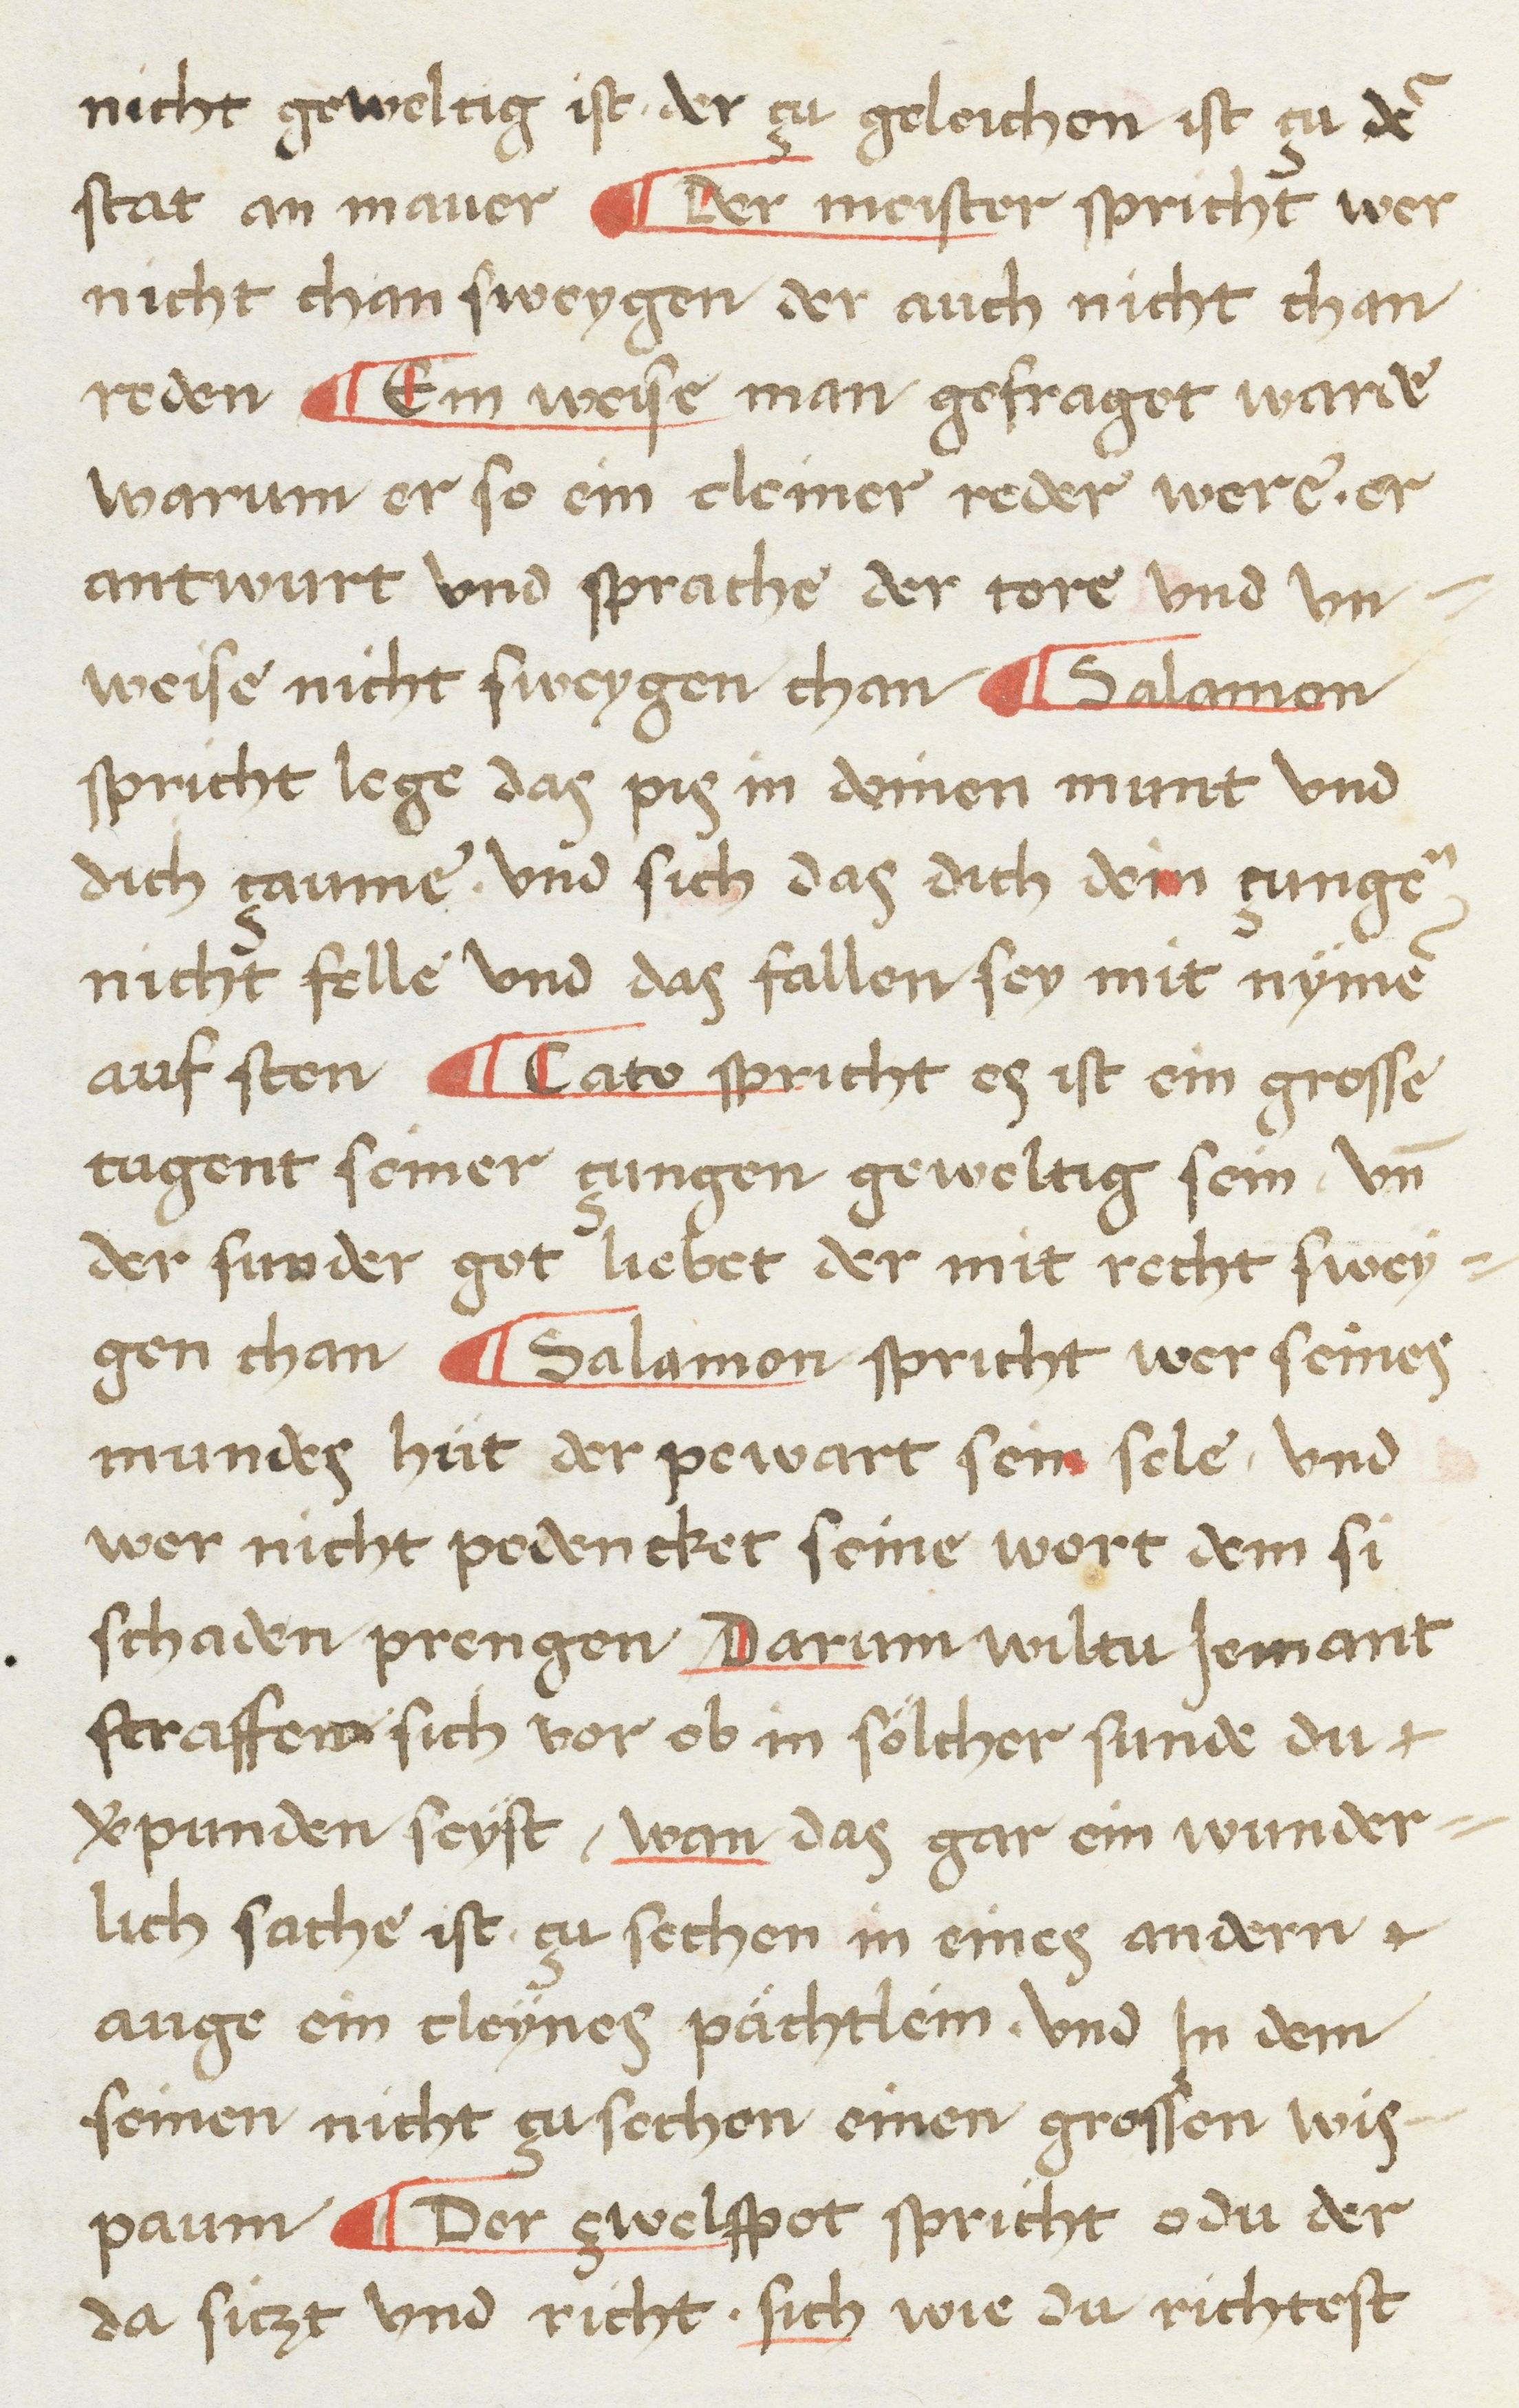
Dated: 1468–1468